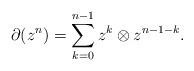
LaTeX: \begin{align*} \partial(z^n)=\sum_{k=0}^{n-1}z^k\otimes z^{n-1-k}.\end{align*}